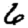
Digit: 6